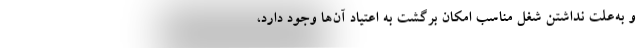
و به‌علت نداشتن شغل مناسب امکان برگشت به اعتیاد آن‌ها وجود دارد،